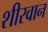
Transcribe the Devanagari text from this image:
शीरवान